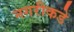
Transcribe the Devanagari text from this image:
नगरीकडे